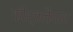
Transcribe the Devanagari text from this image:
कीर्तनैगल